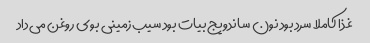
غذا کاملا سرد بود نون ساندویج بیات بود سیب‌زمینی بوی روغن می‌داد